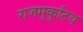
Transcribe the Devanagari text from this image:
राजमुकुटिय